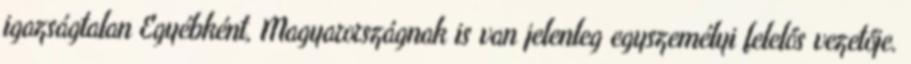
igazságtalan Egyébként, Magyarországnak is van jelenleg egyszemélyi felelős vezetője.